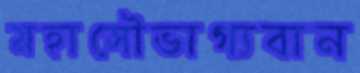
মহাসৌভাগ্যবান